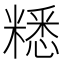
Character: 䊝